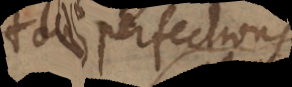
tous perfections